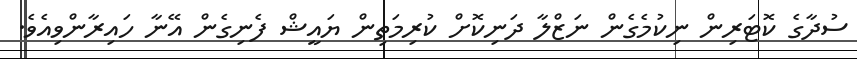
ސުދާގެ ކޮޓަރިން ނިކުމެގެން ނަޒްލާ ދަނިކޮށް ކުރިމަތިން ޔައީޝް ފެނިގެން އޭނާ ހައިރާންވިއެވެ.